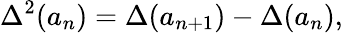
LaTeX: \Delta^{2}(a_{n})=\Delta(a_{n+1})-\Delta(a_{n}),